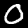
Label: 0